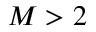
M > 2